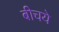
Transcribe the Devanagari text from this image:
बीचये